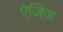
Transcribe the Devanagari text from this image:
ऐजिज़